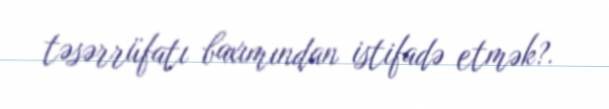
təsərrüfatı baxımından istifadə etmək?.